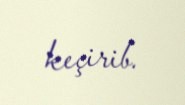
keçirib.